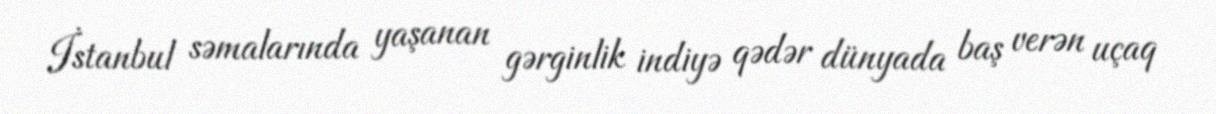
İstanbul səmalarında yaşanan gərginlik indiyə qədər dünyada baş verən uçaq